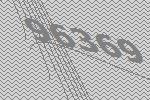
96369